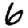
Digit: 6